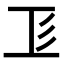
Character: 𢒄